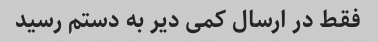
فقط در ارسال کمی دیر به دستم رسید